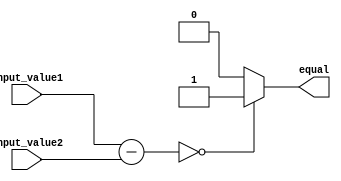
module Equality_Comparator(
    input [31:0] input_value1,
    input [31:0] input_value2,
    output reg equal
);

reg [31:0] difference;

always @ (input_value1 or input_value2)
    difference = input_value1 - input_value2;

always @ (difference)
begin
    if (difference == 0)
        equal = 1;
    else
        equal = 0;
end

endmodule